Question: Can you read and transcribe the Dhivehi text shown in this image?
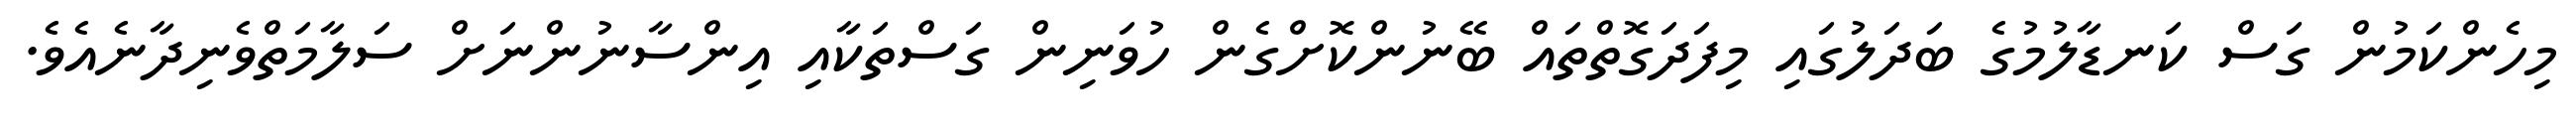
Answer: މިހެންކަމުން ގަސް ކަނޑާލުމުގެ ބަދަލުގައި މިފަދަގޮތްތައް ބޭނުންކޮށްގެން ހުވަނިން ގަސްތަކާއި އިންސާނުންނަށް ސަލާމަތްވެނިދާނެއެވެ.